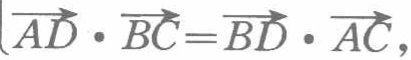
\(\overrightarrow{AD}\cdot \overrightarrow{BC}=\overrightarrow{BD}\cdot \overrightarrow{AC},\)